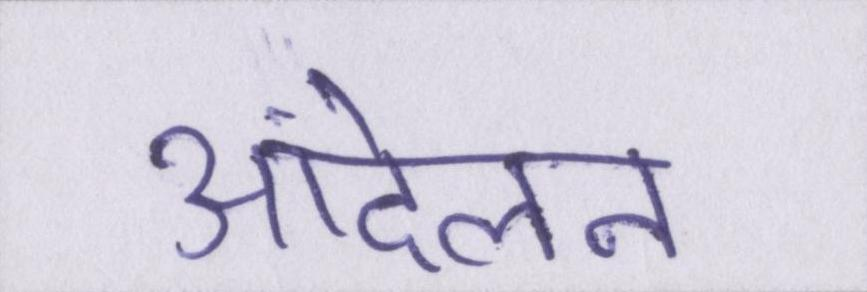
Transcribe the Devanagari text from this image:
आंदेलन